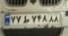
۷۷ط۷۴۸۸۸